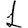
Digit: 1